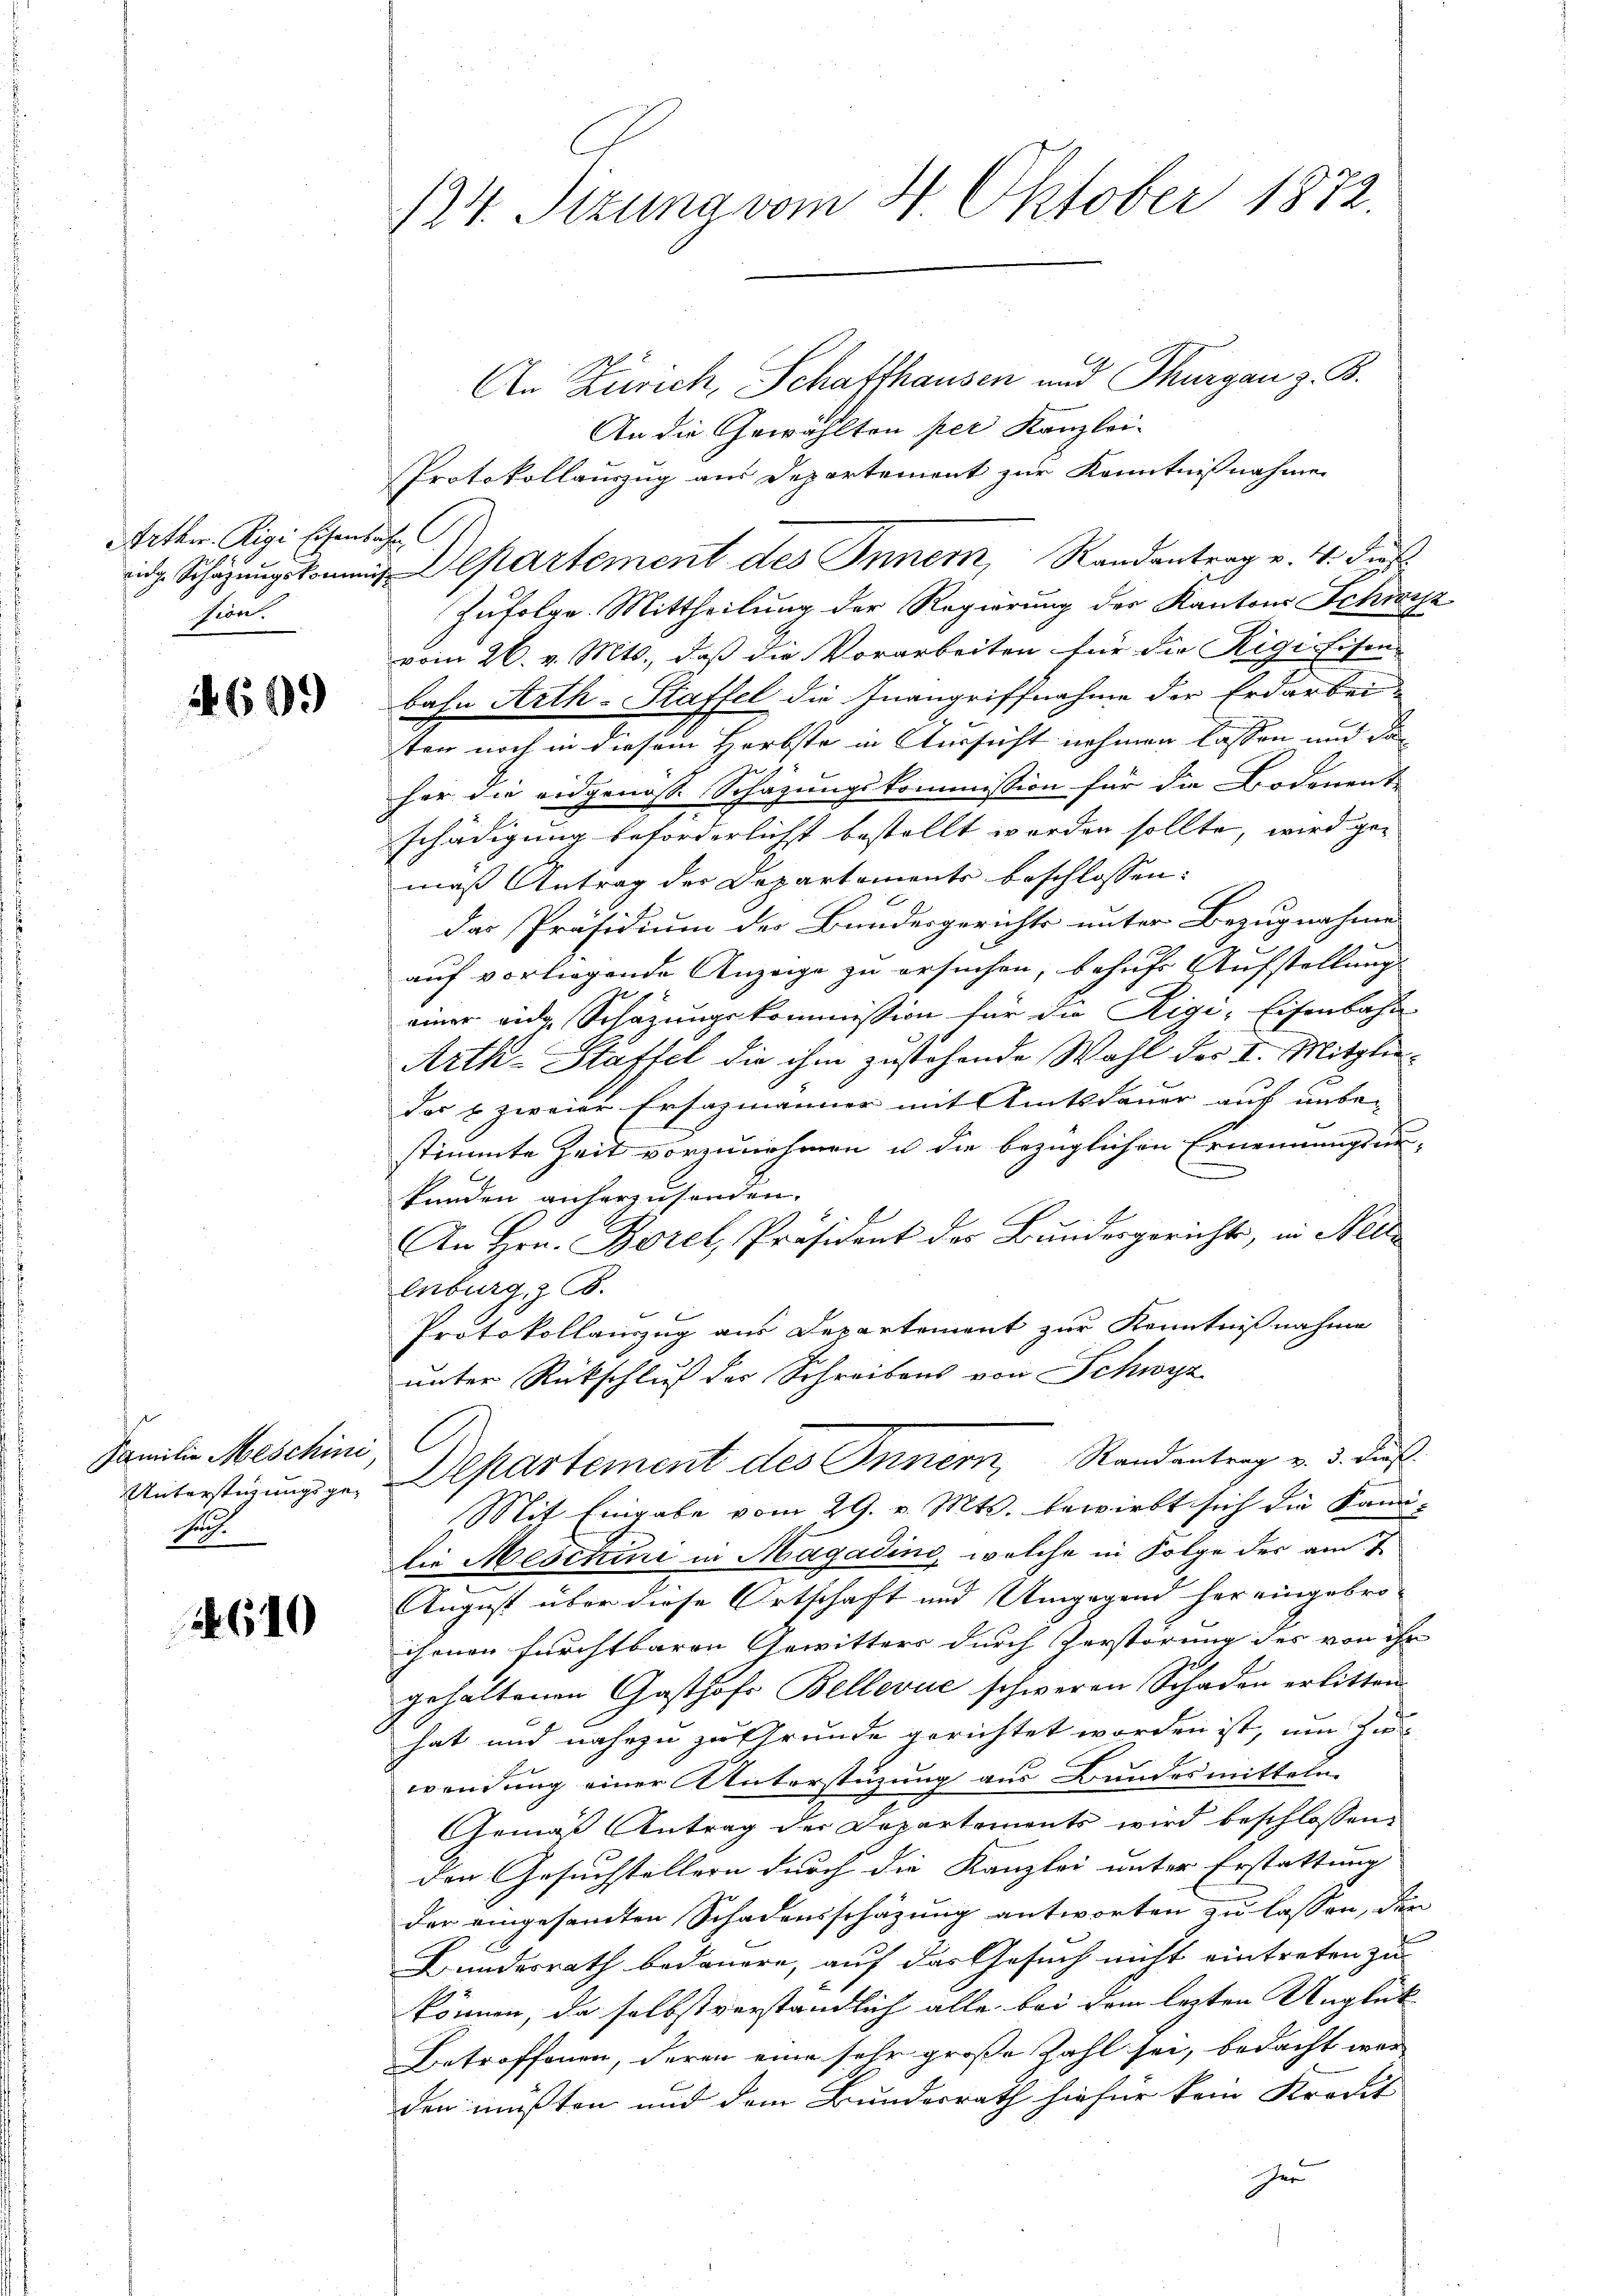
Arthur. Rigi Eisenbahn
ebe

4609

Familie Meschini
Unterstigungsgesung

610

124. Sizung vom 21. Oktober 1872.

An Zürich, Schaffhausen und Thurgau z. B.
An die Gewählten per Kanzlei-
Protokollauszug aus Departement zur Kenntnißnahme
 Schŭlkartement des Inner, Randantrag v. 4. dies
Zufolge. Mittheilung der Regierung der Kantons Schwyz
vom 26. v. Mts., daß die Vorarbeiten für die Rigi-Eisen
bahn Arth-Staffel die Inangriffnahme der Erdarbei-
ten noch in diesem Herbste in Aussicht nehmen lassen und das
her die eidgenöss. Schätzungskommission für die Bodenent-
schädigung beforderlichst bestellt worden sollte, wird ge-
maß Antrag der Departements beschlossen:
das Präsidium der Bundesgerichts unter Bezugnahme
auf vorliegende Anzeige zu ersuchen, behufs Aufstellung |
einer eidg. Schäzungskommission für die Rigi-Eisenbahn
Artk-Stäffel die ihm zustehende Wahl der I. Mitgliedas u. zweier Ersazmänner mit Amtsdauer auf unbe-
e
stimmte Zeit vorzunehmen u die bezüglichen Ernennungsun-
kunden anherzusenden.
An Hrn. Borel, Präsident des Bundesgerichts, in Nell¬
Enburg, z. B.
Protokollanzug aus Departement zur Kenntnißnahme
unter Rückschluß der Schreibens von Schwyz
10
Departement des Innern, Randantrag v. 3. dieß
Mit Eingabe vom 29. v. Mts. bewirkt sich die Kami-
die Meschire in Magadini, welche in Folge der am 7
August über diese Ortschaft und Umgegend her eingebro-
chenen furchtbaren Gewitters durch Zerstörung des von ihr
gehaltenen Gasthofs Bellevue schweren Schaden erlitten
hat und nahezu zu Grunde gerichtet worden ist, um zu
wendung einer Unterstüzung aus Bundesmitteln
Gemäß Antrag der Departements wird beschlossen:
den Gesuchstellern durch die Kanzlei unter Erstattung |
der eingesandten Schadensschätzung antworten zu lassen, der
Bundesrath bedauern, auf das Gesuch nicht eintreten zu
können, da selbst verständlich alle bei dem lezten Unglück
Betroffenen, deren eine sehr große Zahl sei, bedacht wer
den müßten und dem Bundesrath hiefür kein Kredit
er